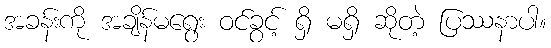
အခန်းကို အချိန်မရွေး ဝင်ခွင့် ရှိ မရှိ ဆိုတဲ့ ပြဿနာပါ။